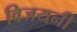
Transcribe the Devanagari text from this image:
विजयनी